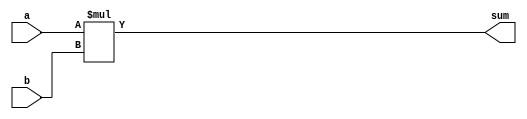

module VerilogMultiplier (
    input signed [31:0] a,
    input signed [31:0] b,
    output signed [63:0] sum
);

assign sum = a * b;
endmodule